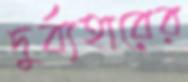
দুর্ব্যহারের